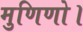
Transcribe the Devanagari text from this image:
मुणिणो।